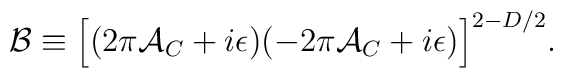
{\cal B} \equiv \Bigl[( 2\pi {\cal A}_C + i \epsilon)(-2 \pi {\cal A}_C + i \epsilon)\Bigr]^{2 - D/2}.